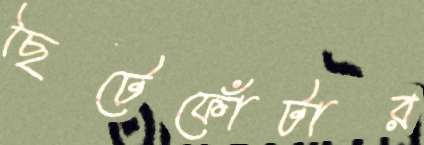
ছিটেফোঁটার